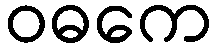
ဝဓကေ